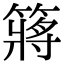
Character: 䉃